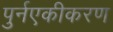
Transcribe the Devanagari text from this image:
पुर्नएकीकरण